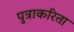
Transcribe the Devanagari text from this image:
पुत्राकरिता